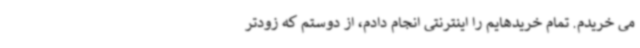
می خریدم. تمام خریدهایم را اینترنتی انجام دادم، از دوستم که زودتر